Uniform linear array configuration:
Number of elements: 4
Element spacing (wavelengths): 0.5
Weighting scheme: binomial
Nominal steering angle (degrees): -15
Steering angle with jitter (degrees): -14.451
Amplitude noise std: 0.05
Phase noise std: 0.05

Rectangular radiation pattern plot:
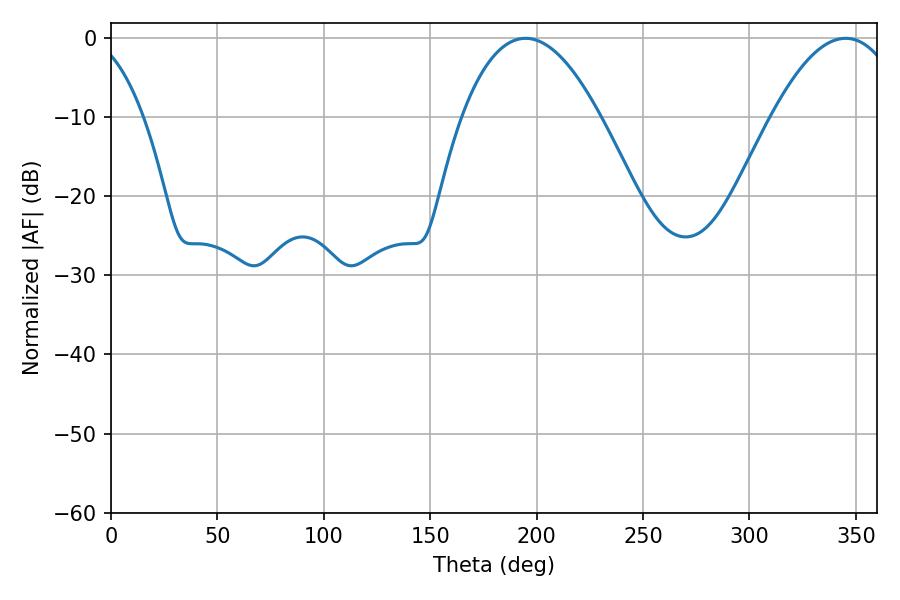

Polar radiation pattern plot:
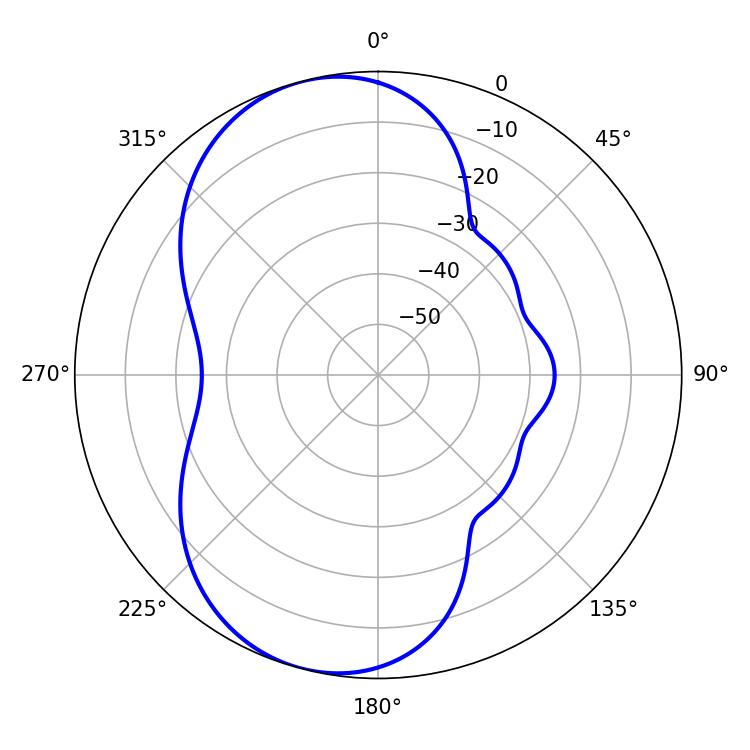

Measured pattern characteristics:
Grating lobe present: FALSE
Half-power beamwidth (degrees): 35.82
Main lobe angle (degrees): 194.76